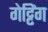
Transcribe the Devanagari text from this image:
गेट्टिंग